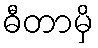
ဓီတာမှိ